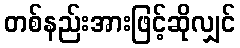
တစ်နည်းအားဖြင့်ဆိုလျှင်